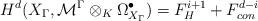
LaTeX: \begin{align*}H^{d}(X_{\Gamma},{\mathcal {M}}^{\Gamma}\otimes_K\Omega^{\bullet}_{{X}_{\Gamma}} )=F_H^{i+1}+F_{con}^{d-i}\end{align*}